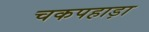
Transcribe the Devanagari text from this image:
चकपहाड़ा